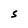
Character: S